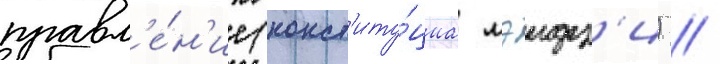
правл'е́н'ие (конст'иту́циа мэидз'и) //